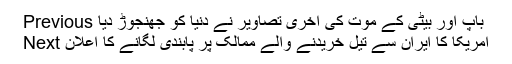
Previous باپ اور بیٹی کے موت کی آخری تصاویر نے دنیا کو جھنجوڑ دیا
Next امریکا کا ایران سے تیل خریدنے والے ممالک پر پابندی لگانے کا اعلان